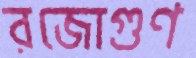
রজোগুণ